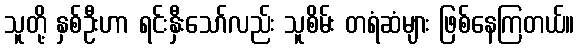
သူတို့ နှစ်ဦးဟာ ရင်းနှီးသော်လည်း သူစိမ်း တရံဆံများ ဖြစ်နေကြတယ်။